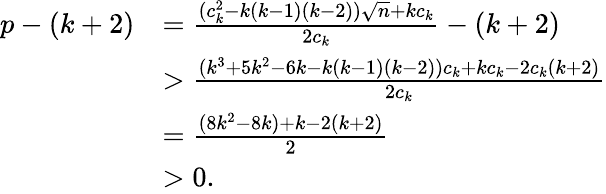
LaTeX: \begin{array}{rl}{p-(k+2)}&{=\frac{(c_{k}^{2}-k(k-1)(k-2))\sqrt{n}+kc_{k}}{2c_{k}}-(k+2)}\\ &{>\frac{(k^{3}+5k^{2}-6k-k(k-1)(k-2))c_{k}+kc_{k}-2c_{k}(k+2)}{2c_{k}}}\\ &{=\frac{(8k^{2}-8k)+k-2(k+2)}{2}}\\ &{>0.}\end{array}